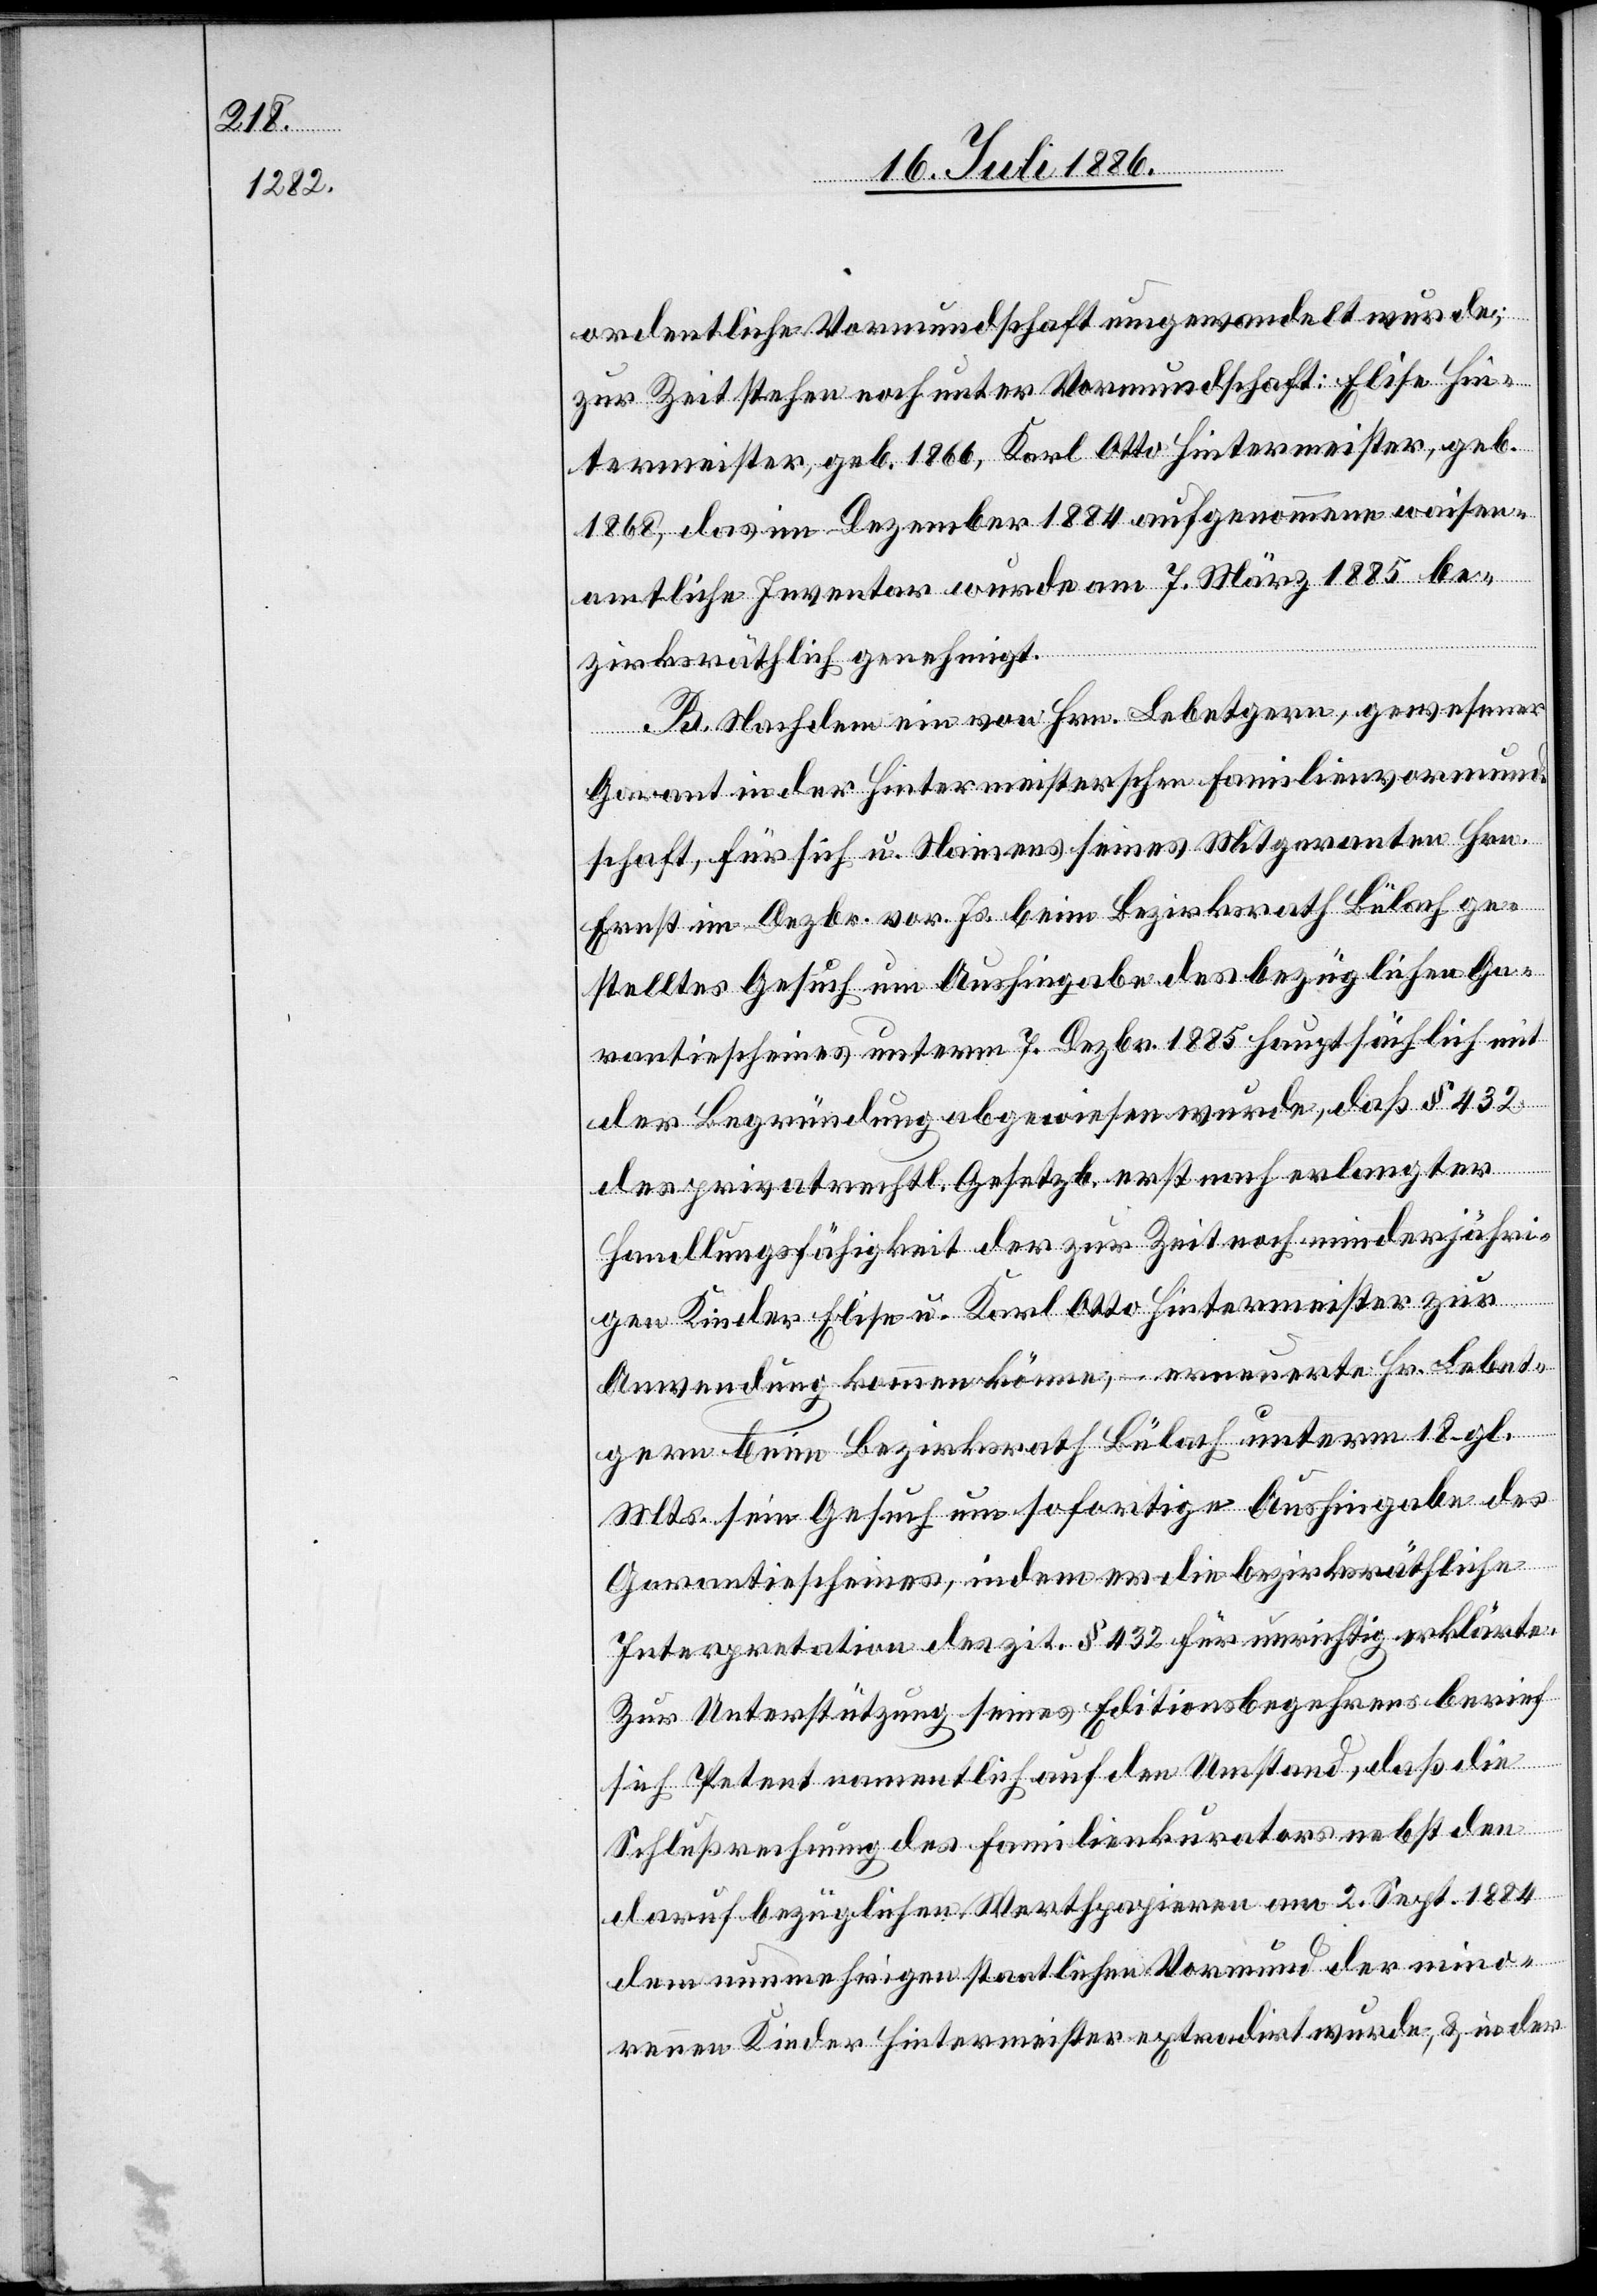
ordentliche Vormundschaft umgewandelt wurde;
zur Zeit stehen noch unter Vormundschaft: Elise Hin¬
termeister, geb. 1866, Karl Otto Hintermeister, geb.
1868, das im Dezember 1884 aufgenommene waisen¬
amtliche Inventar wurde am 7. März 1885 be¬
zirksräthlich genehmigt.
B. Nachdem ein von Hrn. Lebetgern, gewesener
Garant in der Hintermeisterschen Familienvormund¬
schaft, für sich u. Namens seines Mitgaranten Hrn.
Ernst im Dezbr. v. Js. beim Bezirksrath Bülach ge¬
stelltes Gesuch um Aushingabe des bezüglichen Ga¬
rantiescheines unterm 7. Dezbr. 1885 hauptsächlich mit
der Begründung abgewiesen wurde, daß § 432
rennen
des privatrechtl. Gesetzb. erst nach erlangter
Handlungsfähigkeit der zur Zeit noch minderjähri¬
mino¬
gen Kinder Elise u. Karl Otto Hintermeister zur
Anwendung kommen könne, – erneuerte Hr. Lebet¬
gern beim Bezirksrath Bülach unterm 18. gl.
Mts. sein Gesuch um sofortige Aushingabe des
Garantiescheines, indem er die bezirksräthliche
Interpretation des zit. § 432 für unrichtig erklärte.
Zur Unterstützung seines Editionsbegehrens berief
sich Petent namentlich auf den Umstand, daß die
Schlußrechnung des Familienkurators nebst den
dar[a]uf bezüglichen Werthpapieren am 2. Sept. 1884
dem nunmehrigen staatlichen Vormund der mind¬
rennen] Kinder Hintermeister extradirt wurde, & in der